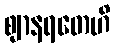
ဈာနရတေဟိ